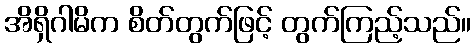
အိရှိဂါမိက စိတ်တွက်ဖြင့် တွက်ကြည့်သည်။